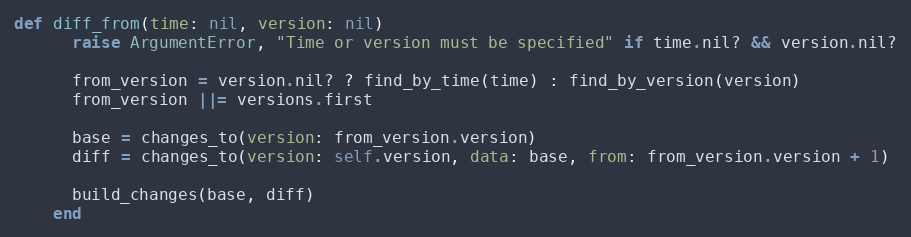
Language: Ruby
def diff_from(time: nil, version: nil)
      raise ArgumentError, "Time or version must be specified" if time.nil? && version.nil?

      from_version = version.nil? ? find_by_time(time) : find_by_version(version)
      from_version ||= versions.first

      base = changes_to(version: from_version.version)
      diff = changes_to(version: self.version, data: base, from: from_version.version + 1)

      build_changes(base, diff)
    end